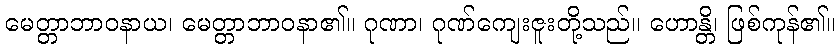
မေတ္တာဘာဝနာယ၊ မေတ္တာဘာဝနာ၏။ ဂုဏာ၊ ဂုဏ်ကျေးဇူးတို့သည်။ ဟောန္တိ၊ ဖြစ်ကုန်၏။